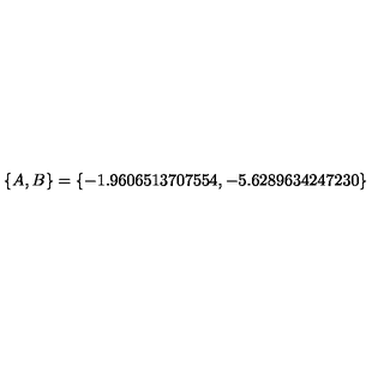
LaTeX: \{ A , B \} = \{ - 1 . 9 6 0 6 5 1 3 7 0 7 5 5 4 , - 5 . 6 2 8 9 6 3 4 2 4 7 2 3 0 \}